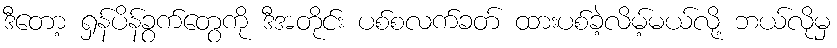
ဒီတော့ ရှန်ပိန်ခွက်တွေကို ဒီအတိုင်း ပစ်စလက်ခတ် ထားပစ်ခဲ့လိမ့်မယ်လို့ ဘယ်လိုမှ